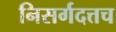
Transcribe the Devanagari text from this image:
निसर्गदत्तच